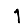
Digit: 1